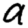
Digit: 9